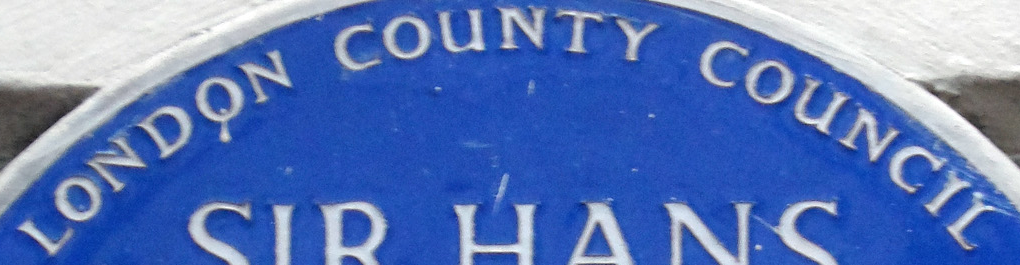
LONDON COUNTY COUNCIL